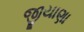
જીયાણા